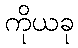
ကိုယခု